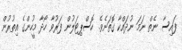
ފައިސާ ނެތް ނަމަ ނުދައްކާ ގޮތަށެވެ. ހޮސްޕިޓަލުން ފަރުވާ ހޯދާ މީހުންގެ އިތުރުން